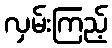
လှမ်းကြည့်